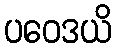
ပဝေဒယိ